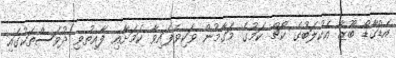
އެޑްގާޑޯ ބޫޒާ އެކުލަބުގެ ކޯޗް ކަމުގެ މަގާމުން ވަކިވެފައިވާ ކަމަށާއި ފާއިތުވި ދުވަސްތަކުގައި